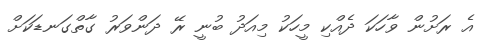
އެ ރަށުން ވާހަކަ ދެއްކި މީހަކު މިއަދު ބުނީ ރޭ ދަންވަރު ގާތްގަނޑަކަށް